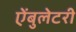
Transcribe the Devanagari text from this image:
ऐंबुलेटरी